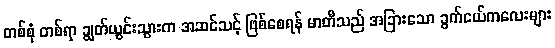
တစ်စုံ တစ်ရာ ချွတ်ယွင်းသွားက အဆင်သင့် ဖြစ်စေရန် မာတီသည် အခြားသော ခွက်ငယ်ကလေးများ